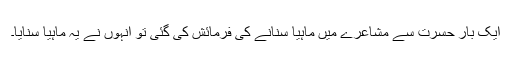
ایک بار حسرت سے مشاعرے میں ماہیا سنانے کی فرمائش کی گئی تو انہوں نے یہ ماہیا سُنایا۔